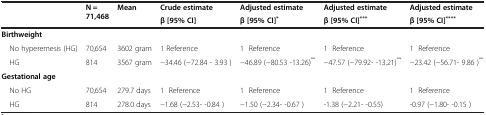
<table><thead><tr><td rowspan="2"><b> </b></td><td rowspan="2"><b>N = 71,468</b></td><td rowspan="2"><b>Mean</b></td><td><b>Crude estimate</b></td><td><b>Adjusted estimate</b></td><td><b>Adjusted estimate</b></td><td><b>Adjusted estimate</b></td></tr><tr><td><b>β [95% CI]</b></td><td><b>β [95% CI]<sup>*</sup></b></td><td><b>β [95% CI]<sup>***</sup></b></td><td><b>β [95% CI]<sup>****</sup></b></td></tr></thead><tbody><tr><td><b>Birthweight</b></td><td> </td><td> </td><td> </td><td> </td><td> </td><td> </td></tr><tr><td> No hyperemesis (HG)</td><td>70,654</td><td>3602 gram</td><td>1 Reference</td><td>1 Reference</td><td>1 Reference</td><td>1 Reference</td></tr><tr><td> HG</td><td>814</td><td>3567 gram</td><td>−34.46 (−72.84 - 3.93 )</td><td>−46.89 (−80.53 -13.26)<sup>**</sup></td><td>−47.57 (−79.92- -13.21)<sup>**</sup></td><td>−23.42 (−56.71- 9.86 )<sup>**</sup></td></tr><tr><td><b>Gestational age</b></td><td> </td><td> </td><td> </td><td> </td><td> </td><td> </td></tr><tr><td> No HG</td><td>70,654</td><td>279.7 days</td><td>1 Reference</td><td>1 Reference</td><td>1 Reference</td><td>1 Reference</td></tr><tr><td> HG</td><td>814</td><td>278.0 days</td><td>−1.68 (−2.53- -0.84 )</td><td>−1.50 (−2.34- -0.67 )</td><td>-1.38 (−2.21- -0.55)</td><td>-0.97 (−1.80- -0.15 )</td></tr></tbody></table>